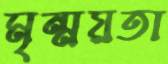
মৃন্ময়তা